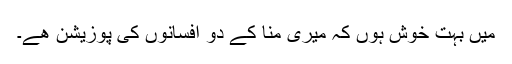
میں بہت خوش ہوں کہ میری منا کے دو افسانوں کی پوزیشن ھے۔